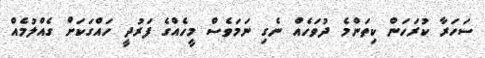
ސަހަރާ ކުރަހަން ކިތަންމެ ދުވަހެއް ނެގި ނަމަވެސް މީހެއްގެ ފަރުދީ ހައްގަކަށް ގެއްލުމެއް